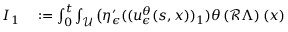
\begin{array} { r l } { I _ { 1 } } & { { } : = \int _ { 0 } ^ { t } \int _ { \mathcal { U } } \big ( \eta _ { \epsilon } ^ { \prime } ( ( u _ { \epsilon } ^ { \theta } ( s , x ) ) _ { 1 } ) \theta \left( \mathcal { R } \Lambda \right) ( x ) } \end{array}